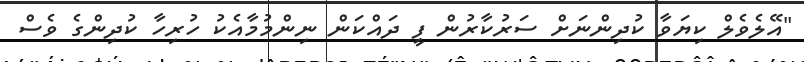
"އޭލެވެލް ކިޔަވާ ކުދިންނަށް ސަރުކާރުން ފީ ދައްކަން ނިންމުމާއެކު ހުރިހާ ކުދިންގެ ވެސް